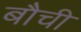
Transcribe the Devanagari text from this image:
बौची